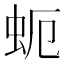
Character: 蚅